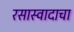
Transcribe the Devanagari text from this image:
रसास्वादाचा